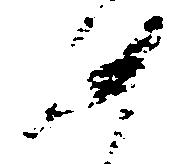
如